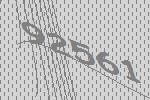
92561